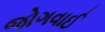
જોગવાઈ